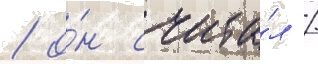
/ о́н счита́л /